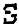
S